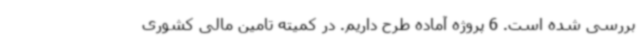
بررسی شده است. 6 پروژه آماده طرح داریم. در کمیته تامین مالی کشوری